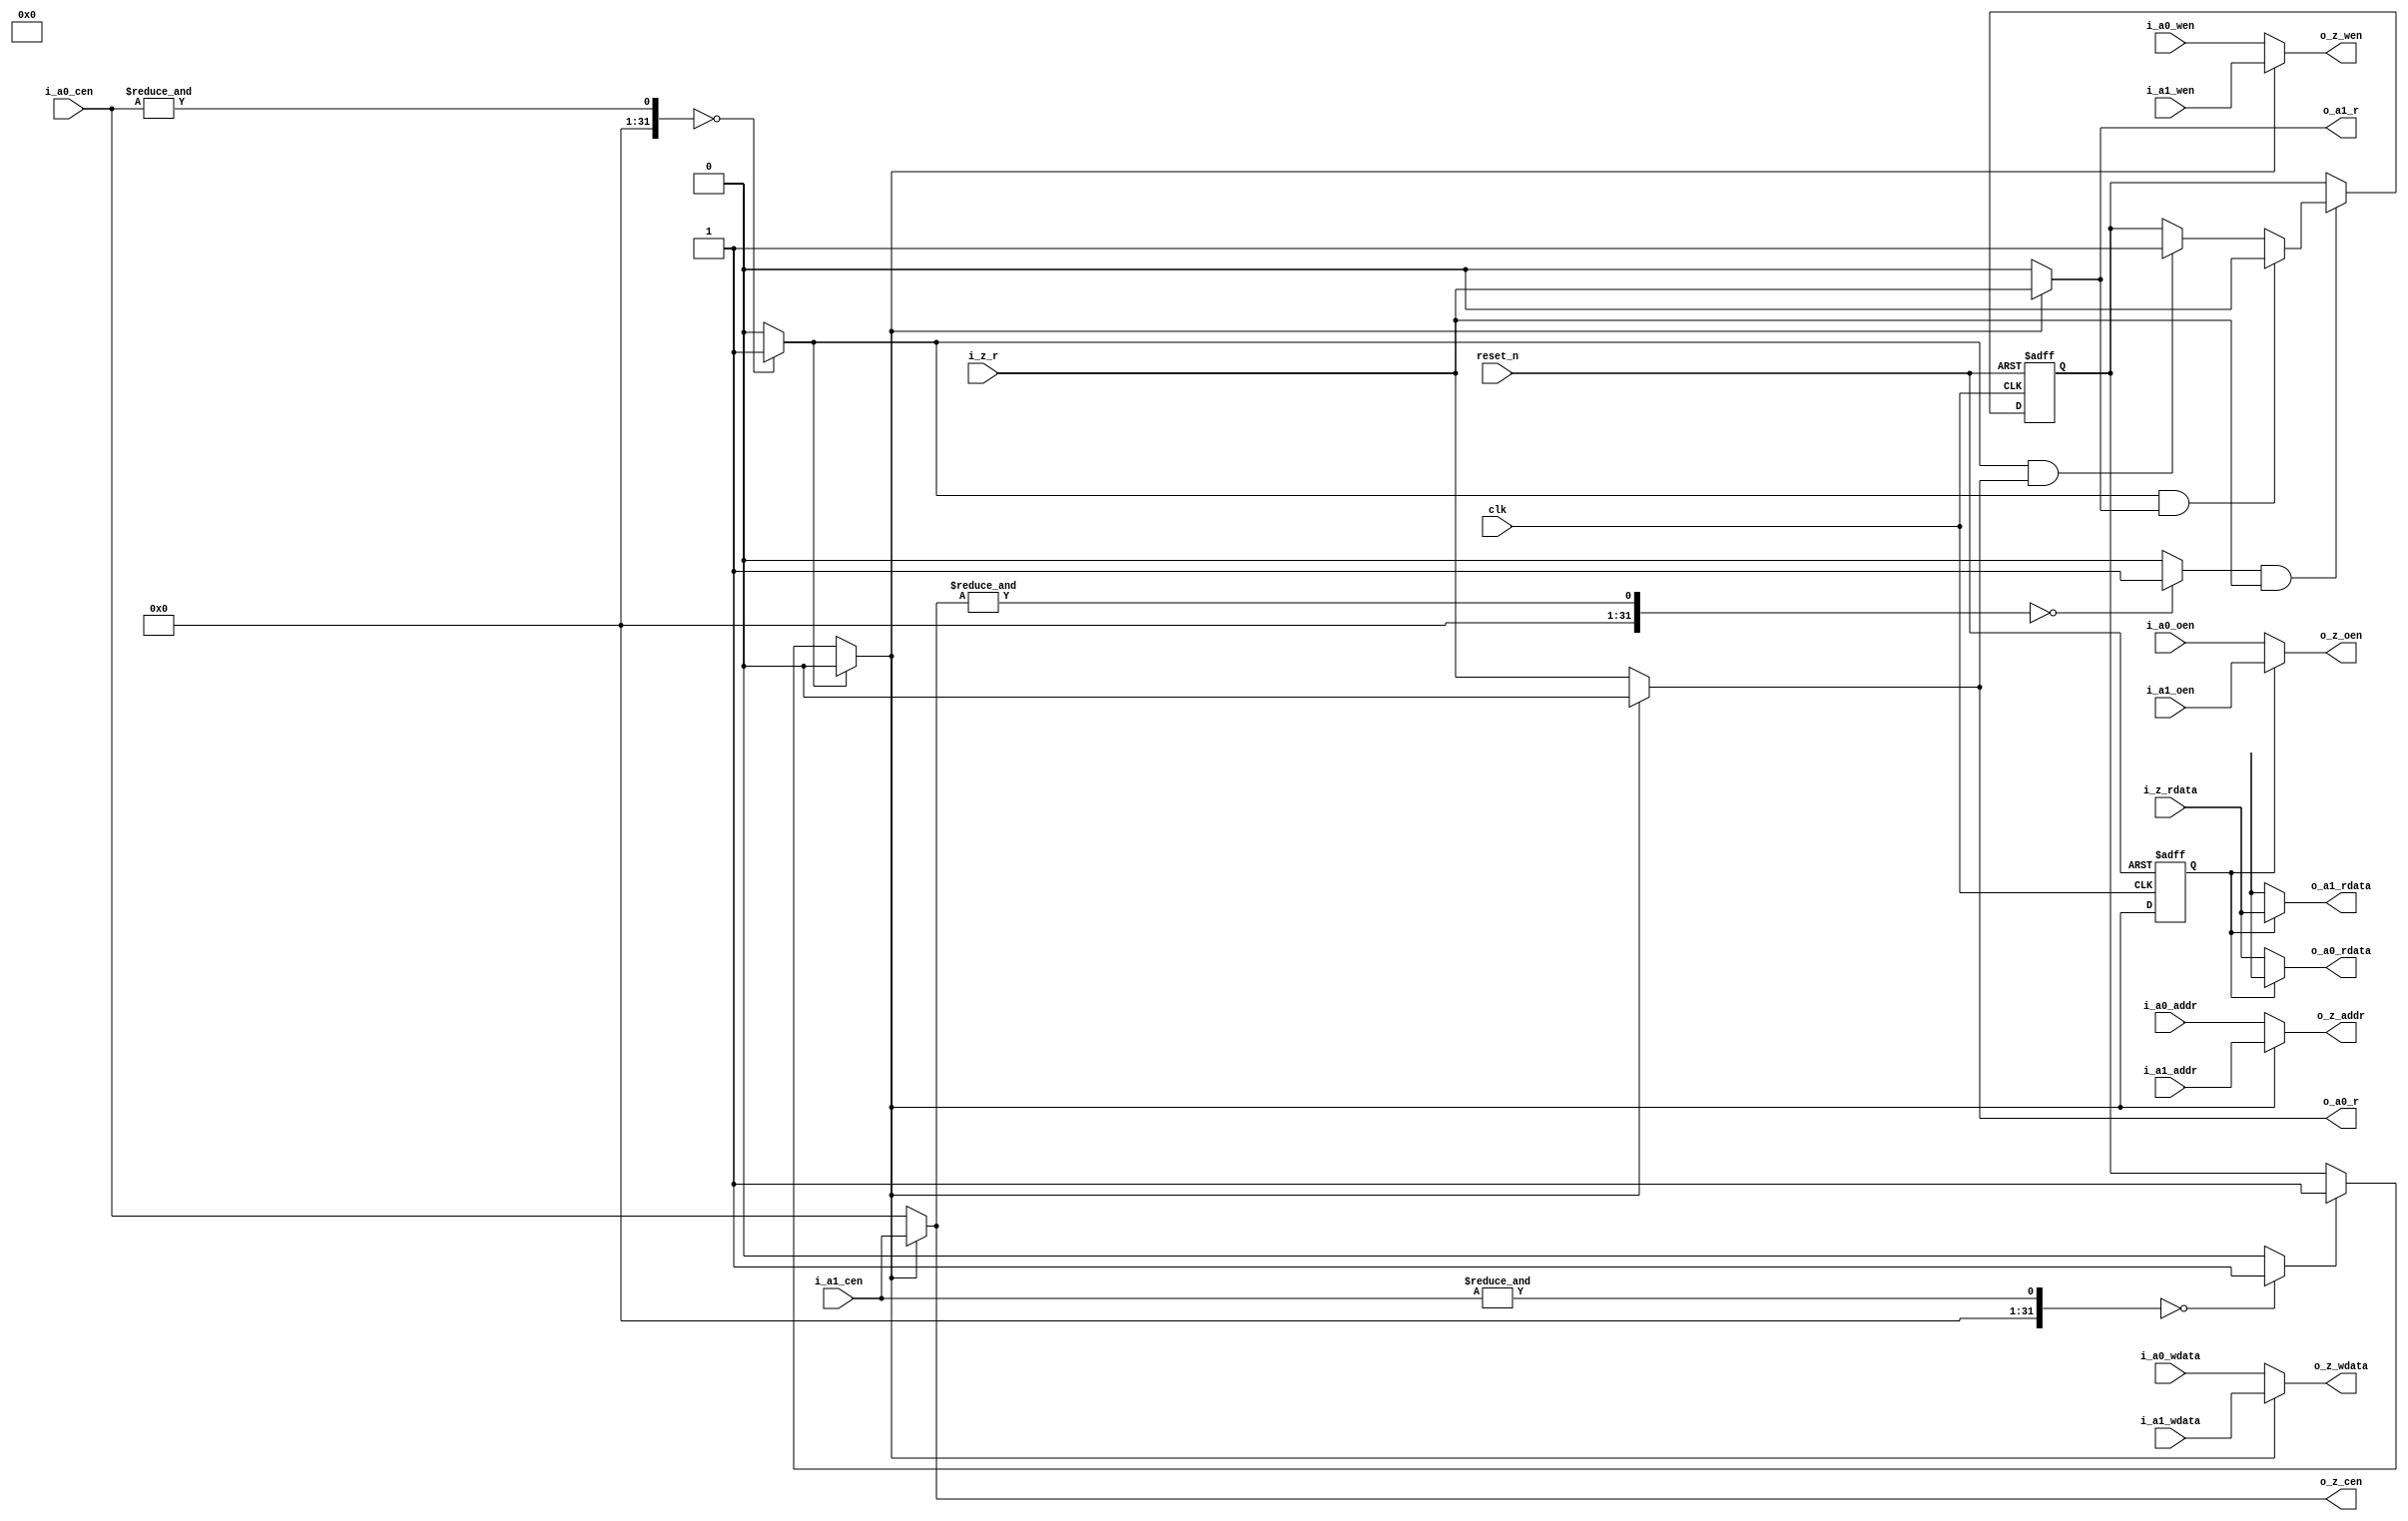
module cory_sram_arb2 # (
    parameter   A       = 8,
    parameter   D       = 16,
    parameter   C       = 2,
    parameter   R       = D * C,
    parameter   ROUND   = 1
) (
    input           clk,

    input   [C-1:0] i_a0_cen,
    input   [C-1:0] i_a0_wen,
    input   [C-1:0] i_a0_oen,
    input   [A-1:0] i_a0_addr,
    input   [D-1:0] i_a0_wdata,
    output  [R-1:0] o_a0_rdata,
    output          o_a0_r,

    input   [C-1:0] i_a1_cen,
    input   [C-1:0] i_a1_wen,
    input   [C-1:0] i_a1_oen,
    input   [A-1:0] i_a1_addr,
    input   [D-1:0] i_a1_wdata,
    output  [R-1:0] o_a1_rdata,
    output          o_a1_r,

    output  [C-1:0] o_z_cen,
    output  [C-1:0] o_z_wen,
    output  [C-1:0] o_z_oen,
    output  [A-1:0] o_z_addr,
    output  [D-1:0] o_z_wdata,
    input   [R-1:0] i_z_rdata,
    input           i_z_r,

    input           reset_n
);

wire    sel;
reg     sel_1d;

always @(posedge clk or negedge reset_n)
    if (!reset_n)
        sel_1d  <= 0;
    else
        sel_1d  <= sel;

generate
begin : g_sel
    case (ROUND)
    1: begin

        wire    a0_v    = &i_a0_cen == 0 ? 1'b1 : 1'b0;
        wire    a1_v    = &i_a1_cen == 0 ? 1'b1 : 1'b0;
        wire    z_v     = &o_z_cen == 0 ? 1'b1 : 1'b0;
        wire    a0_vr   = a0_v & o_a0_r;
        wire    a1_vr   = a0_v & o_a1_r;
        wire    z_vr    = z_v & i_z_r;

        reg     pri;
        always @(posedge clk or negedge reset_n)
            if (!reset_n)
                pri <= 0;
            else if (z_vr)
                if (a1_vr)
                    pri <= 0;
                else if (a0_vr)
                    pri <= 1;

        assign  sel = a0_v ? 0 : a1_v ? 1 : pri;
    end

    0: begin

        wire    a0_cen_exist    = &i_a0_cen == 0 ? 1'b1 : 1'b0;

        assign  sel = !a0_cen_exist;        

    end
    endcase
end
endgenerate

assign  o_z_cen     = sel == 0    ? i_a0_cen   : i_a1_cen;
assign  o_z_wen     = sel == 0    ? i_a0_wen   : i_a1_wen;
assign  o_z_oen     = sel_1d == 0 ? i_a0_oen   : i_a1_oen;
assign  o_z_addr    = sel == 0    ? i_a0_addr  : i_a1_addr;
assign  o_z_wdata   = sel == 0    ? i_a0_wdata : i_a1_wdata;
assign  o_a0_rdata  = sel_1d == 0 ? i_z_rdata  : {D{1'bx}};
assign  o_a1_rdata  = sel_1d == 0 ? {D{1'bx}}  : i_z_rdata;
assign  o_a0_r      = sel == 0    ? i_z_r      : 1'b0;
assign  o_a1_r      = sel == 0    ? 1'b0       : i_z_r;

`ifdef  CORY_MON
//  'data changes during valid' may happen on the output port
`endif

endmodule